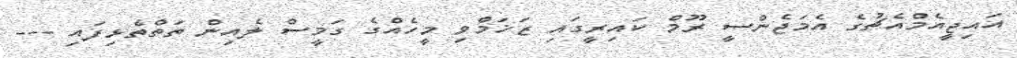
އައިޖީއެމްއެޗުގެ އެމަޖެންސީ ރޫމް ކައިރީގައި ޒަޚަމްވި މީހެއްގެ ގަމީސް ލެއިން ތަތްތެޅިފައި ---